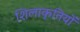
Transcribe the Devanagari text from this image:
शिलाकृतियों